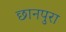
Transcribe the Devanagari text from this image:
छानपुरा